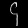
Digit: ၄